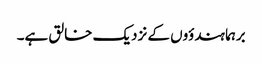
برہما ہندؤوں کے نزدیک خالق ہے۔